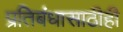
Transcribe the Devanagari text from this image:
प्रतिबंधासाठीही